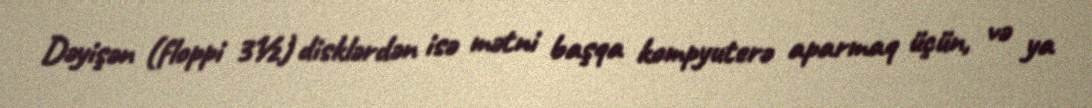
Dəyişən (floppi 3½) disklərdən isə mətni başqa kompyuterə aparmaq üçün, və ya